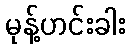
မုန့်ဟင်းခါး